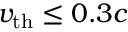
v _ { \mathrm { t h } } \leq 0 . 3 c